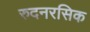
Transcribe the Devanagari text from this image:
रुदनरसिक